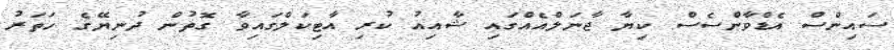
ސައިންސް އެޑްވާންސެސް ކިޔާ ޖާނަލްއެއްގައި ޝާއިއު ކުރި އާޓިކަލްގައިވާ ގޮތުން ދުނިޔޭގެ ހަތަރު